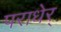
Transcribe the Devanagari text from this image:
पराधेर्